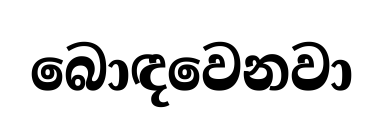
බොඳවෙනවා